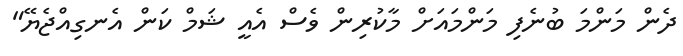
ދެން މަންމަ ބުނެފި މަންމައަށް މާކުރިން ވެސް އެއީ ޝަމް ކަން އެނގިއްޖެޔޭ"